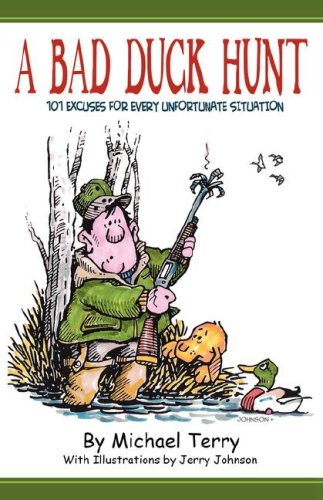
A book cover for A Bad Duck Hunt; Michael Terry; Humor & Entertainment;